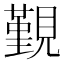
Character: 覲